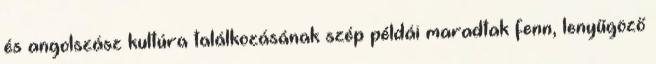
és angolszász kultúra találkozásának szép példái maradtak fenn, lenyűgöző